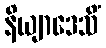
နိယျာဒေသိံ